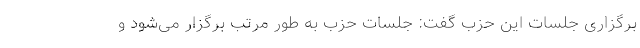
برگزاری جلسات این حزب گفت: جلسات حزب به طور مرتب برگزار می‌شود و